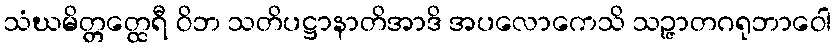
သံဃမိတ္တတ္ထေရီ ဝိဘ သတိပဋ္ဌာနာတိအာဒိ အပလောကေသိ သဉ္ဇာတဂရုဘာဝေါ